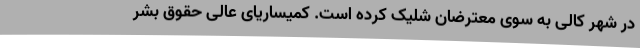
در شهر کالی به سوی معترضان شلیک کرده است. کمیساریای عالی حقوق بشر